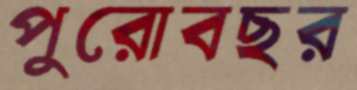
পুরোবছর